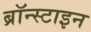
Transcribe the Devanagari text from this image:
ब्रॉन्स्टाइन